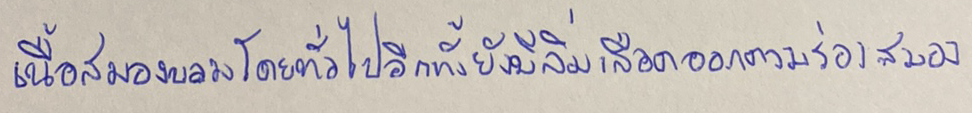
เนื้อสมองบวมโดยทั่วไปอีกทั้งยังมีลิ่มเลือดออกตามร่องสมอง